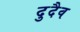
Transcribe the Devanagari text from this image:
दुदैव